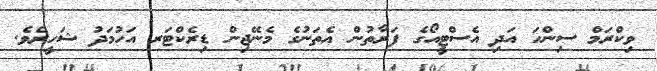
ވިކްރަމް ސިންހަ އަދި އެސްޓީއޯގެ ފަރާތުން އެތަނުގެ މެނޭޖިން ޑިރެކްޓަރ އަހުމަދު ޝަހީރެވެ.